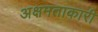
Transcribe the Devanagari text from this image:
अक्षमताकारी